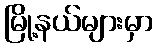
မြို့နယ်များမှာ